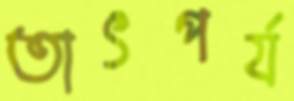
তাৎপর্য